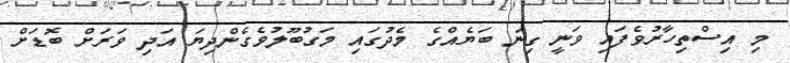
މި އިސްތިހާރުވެފައި ވަނީ ގިނަ ބަޔެއްގެ މެދުގައި މަގުބޫލުވެގެންދިޔަ އަދި ވަރަށް ބޮޑަށް